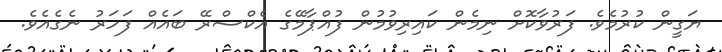
ޔަގީން ކުރުމެވެ. ފަރުވާކޮށް ނިމެން ކައިރިވުމުން ފުއްޕާމޭގެ އެކްސްރޭ ބައެއް ފަހަރު ނެގެއެވެ.